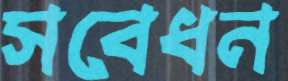
সবেধন